Report on vaccination in Madras 1895-1903 - 1895-1903
Year: 1895
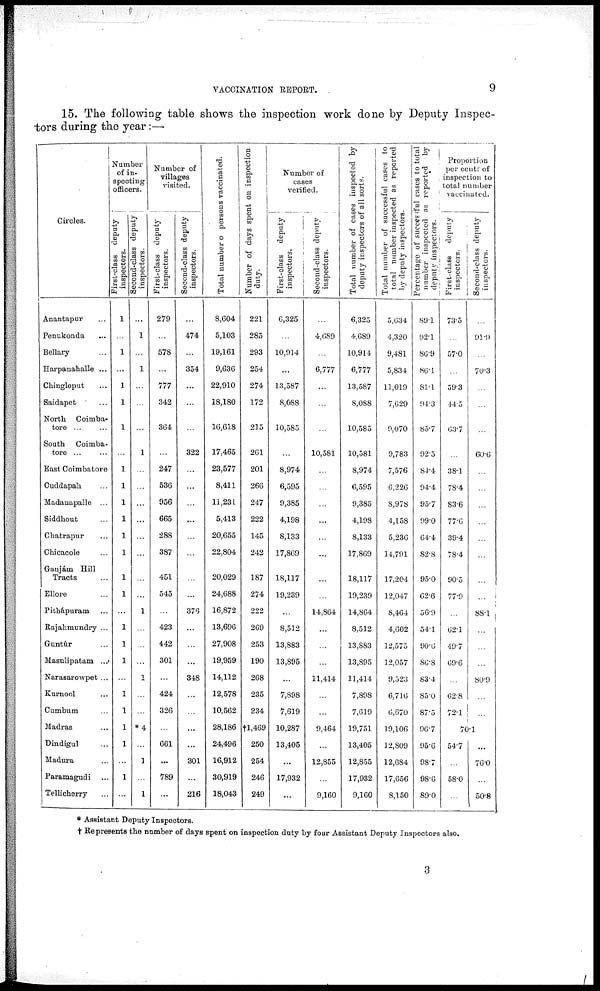
VACCINATION REPORT.
9
15. The following table shows the inspection work done by Deputy Inspec-
tors during the year:—
Circles.
Anantapur ...
Penukonda ...
Bellary ...
Harpanahalle ...
Chingleput ...
Saidapet ...
North Coimba-
tore ...
South Coimba-
tore ...
East Coimbatore
Cuddapah ...
Madanapalle ...
Siddhout ...
Chatrapur ...
Chicacole ...
Ganjám Hill
Tracts ...
Ellore ...
Pithápuram ...
Rajahmundry ...
Guntúr ...
Masulipatam ...
Narasarowpet ...
Kurnool ...
Cumbum ...
Madras ...
Dindigul ...
Madura ...
Paramagudi ...
Tellicherry ...
Number
of in-
specting
officers.
First-class deputy
inspectors.
1
...
...
...
1
1
1
...
1
1
1
1
1
1
1
1
...
1
1
1
...
1
1
1
1
...
1
...
Second-class deputy
inspectors.
...
1
...
1
...
...
...
1
...
...
...
...
...
...
...
...
1
...
...
...
1
...
...
*4
...
1
...
1
Number of
villages
visited.
First-class deputy
inspectors.
279
...
578
...
777
342
364
...
247
536
956
665
288
387
451
545
...
423
442
301
...
424
326
...
661
...
789
...
Second-class deputy
inspectors.
...
474
...
354
...
...
...
322
...
...
...
...
...
...
...
...
376
...
...
...
348
...
...
...
...
301
...
216
Total number of persons vaccinated.
8,604
5,103
19,161
9,636
22,910
18,180
16,618
17,465
23,577
8,411
11,231
5,413
20,655
22,804
20,029
24,688
16,872
13,696
27,908
19,959
14,112
12,578
10,562
28,186
24,496
16,912
30,919
18,043
Number of days spent on inspection
duty.
221
285
293
254
274
172
215
261
201
266
247
222
145
242
187
274
222
269
253
190
268
235
234
†l,469
250
254
246
249
Number of
cases
verified.
First-class deputy
inspectors.
6,325
...
10,914
...
13,587
8,088
10,585
...
8,974
6,595
9,385
4,198
8,133
17,869
18,117
19,239
...
8,512
13,883
13,895
...
7,898
7,619
10,287
13,405
...
17,932
...
Second-class deputy
inspectors.
...
4,689
...
6,777
...
...
...
10,581
...
...
...
...
...
...
...
...
14,864
...
...
...
11,414
...
...
9,464
...
12,855
...
9,160
Total number of cases inspected by
deputy inspectors of all sorts.
6,325
4,689
10,914
6,777
13,587
8,088
10,585
10,581
8,974
6,595
9,385
4,198
8,133
17,869
18,117
19,239
14,864
8,512
13,883
13,895
11,414
7,898
7,619
19,751
13,405
12,855
17,932
9,160
Total number of successful cases to
total number inspected as reported
by deputy inspectors.
5,634
4,320
9,481
5,834
11,019
7,629
9,070
9,783
7,576
6,226
8,978
4,158
5,236
14,791
17,204
12,047
8,464
4,602
12,575
12,057
9,523
6,716
6,670
19,106
12,809
12,684
17,656
8,150
Percentage of successful cases to total
number inspected as reported by
deputy inspectors.
89.1
92.1
86.9
86.1
81.1
94.3
85.7
92.5
84.4
94.4
95.7
99.0
64.4
82.8
95.0
62.6
56.9
54.1
90.6
86.8
83.4
85.0
87.5
96.7
95.6
98.7
98.6
89.0
Proportion
per cent. of
inspection to
total number
vaccinated.
First-class
deputy
inspectors.
73.5
...
57.0
...
59.3
44.5
63.7
...
38.1
78.4
83.6
77.6
39.4
78.4
90.5
77.9
...
62.1
49.7
69.6
...
62.8
72.1
Second-class deputy
inspectors.
91.9
70.3
...
...
60.6
...
...
...
...
...
...
...
...
88.1
...
...
...
80.9
...
...
70.1
54.7
...
58.0
...
...
76.0
50.8
* Assistant Deputy Inspectors.
† Represents the number of days spent on inspection duty by four Assistant Deputy Inspectors also.
3